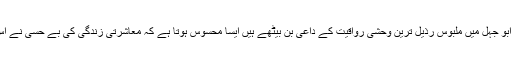
انھیں اس بات کا شدید قلق ہے کہ چربہ ساز،سارق،کفن دزد اور جامہ ابو جہل میں ملبوس رذیل ترین وحشی رواقیت کے داعی بن بیٹھے ہیں ایسا محسوس ہوتا ہے کہ معاشرتی زندگی کی بے حسی نے اس زیرک تخلیق کار کو شدید کرب اور اضطراب میں مبتلا کر دیا ہے۔